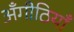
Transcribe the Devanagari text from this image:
अँगीठियाँ